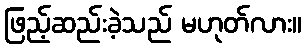
ဖြည့်ဆည်းခဲ့သည် မဟုတ်လား။